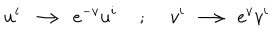
u ^ { i } \longrightarrow e ^ { - v } u ^ { i } ; v ^ { i } \longrightarrow e ^ { v } v ^ { i }